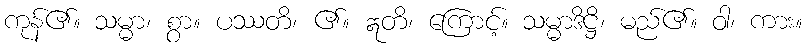
ကုန်၏။ သမ္မာ၊ စွာ။ ပဿတိ၊ ၏။ ဣတိ၊ ကြောင့်။ သမ္မာဒိဋ္ဌိ၊ မည်၏။ ဝါ၊ ကား။